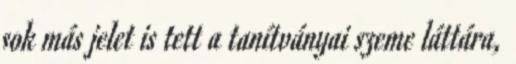
sok más jelet is tett a tanítványai szeme láttára,